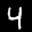
Label: 4